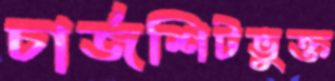
চার্জশিটভুক্ত